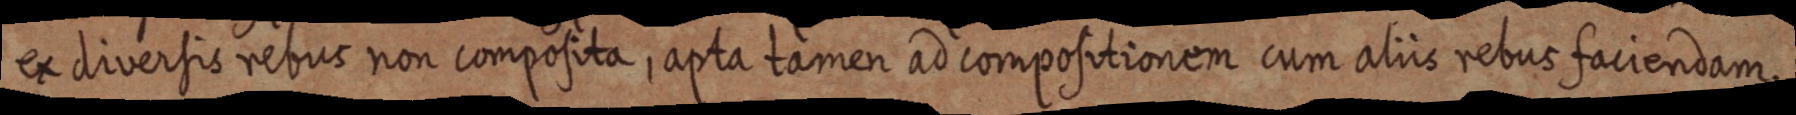
ex diversis rebus non composita, apta tamen ad compositionem cum aliis rebus faciendam.